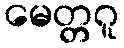
မေတ္တဂူ